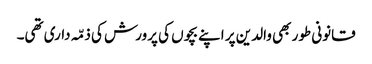
قانونی طور بھی والدین پر اپنے بچوں کی پرورش کی ذمّہ داری تھی۔